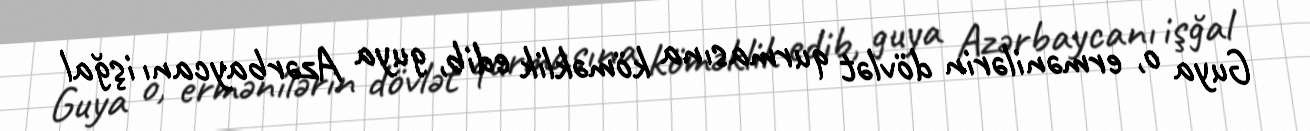
Guya o, ermənilərin dövlət qurmasına köməklik edib, guya Azərbaycanı işğal